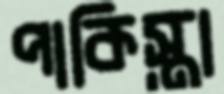
পাকিস্তা